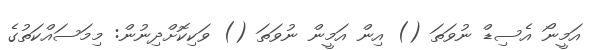
އަމީނޯ އެސިޑް ނުވަތަ () އިން އަމީން ނުވަތަ () ވަކިކޮށްދިނުން: މިމަސައްކަތުގެ